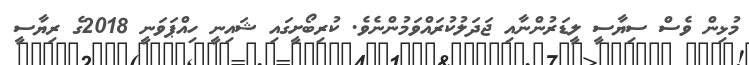
މުޅިން ވެސް ސިޔާސީ ލީޑަރުންނާއި ޖަދަލުކުރައްވަމުންނެވެ. ކުރިބޯށީގައި ޝައިނީ ހިއްޕަވަނީ 2018ގެ ރިޔާސީ